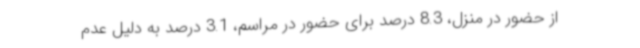
از حضور در منزل، 8.3 درصد برای حضور در مراسم، 3.1 درصد به دلیل عدم